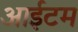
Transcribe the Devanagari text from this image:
आईटम